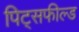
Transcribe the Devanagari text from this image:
पिट्सफील्ड